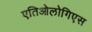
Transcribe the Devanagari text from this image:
एतिओलोगिएस